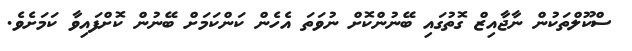
ސްކޫލްތަކުން ނާޖާއިޒް ގޮތުގައި ބޭނުންކޮށް ނުވަތަ އެހެން ކަންކަމަށް ބޭނުން ކޮށްފައިވާ ކަމަށެވެ.